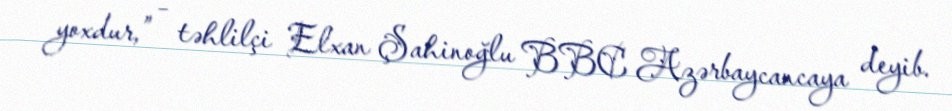
yoxdur,” – təhlilçi Elxan Şahinoğlu BBC Azərbaycancaya deyib.